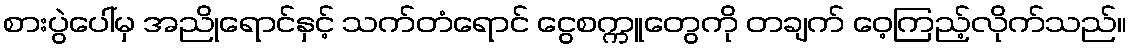
စားပွဲပေါ်မှ အညိုရောင်နှင့် သက်တံရောင် ငွေစက္ကူတွေကို တချက် ဝေ့ကြည့်လိုက်သည်။